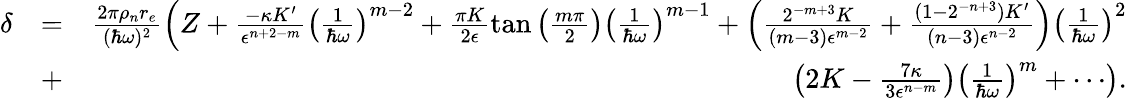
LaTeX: \begin{array}{rlr}{\delta}&{=}&{\frac{2\pi\rho_{n}r_{e}}{(\hbar\omega)^{2}}\left(Z+\frac{-\kappa K^{\prime}}{\epsilon^{n+2-m}}\left(\frac{1}{\hbar\omega}\right)^{m-2}+\frac{\pi K}{2\epsilon}\tan\left(\frac{m\pi}{2}\right)\left(\frac{1}{\hbar\omega}\right)^{m-1}+\left(\frac{2^{-m+3}K}{(m-3)\epsilon^{m-2}}+\frac{(1-2^{-n+3})K^{\prime}}{(n-3)\epsilon^{n-2}}\right)\left(\frac{1}{\hbar\omega}\right)^{2}\right.}\\ &{+}&{\left.\left(2K-\frac{7\kappa}{3\epsilon^{n-m}}\right)\left(\frac{1}{\hbar\omega}\right)^{m}+\cdots\right).}\end{array}